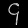
Digit: ၄